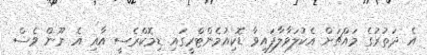
އެ ދަތުރުގެ މައްޗަށް އެކުލަވާލާފައިވާ ޑޮކިއުމެންޓްރީގައި ޑިމޮކްރެސީ އާއި އެ ނޫން ވެސް